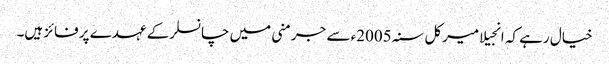
خیال رہے کہ انجیلا میرکل سنہ 2005ء سے جرمنی میں چانسلرکے عہدے پر فائز ہیں۔